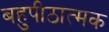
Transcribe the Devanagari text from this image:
बहुपीठात्मक